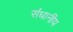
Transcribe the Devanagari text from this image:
संधानीय